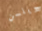
ويلسن